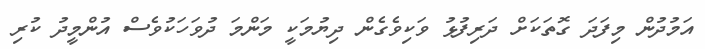
އަމުދުން މިފަދަ ގޮތަކަށް ދަރިފުޅު ވަކިވެގެން ދިޔުމަކީ މަންމަ ދުވަހަކުވެސް އުންމީދު ކުރި